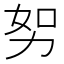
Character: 𭄥